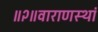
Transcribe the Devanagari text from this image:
॥२॥वाराणस्थां